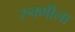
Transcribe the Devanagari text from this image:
रुक्मीला